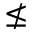
\nleq